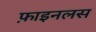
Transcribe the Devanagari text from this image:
फ़ाइनलस